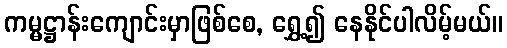
ကမ္မဋ္ဌာန်းကျောင်းမှာဖြစ်စေ, ရွှေ့၍ နေနိုင်ပါလိမ့်မယ်။